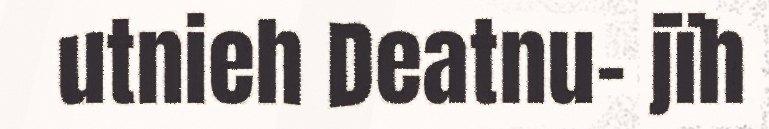
utnieh Deatnu- jïh